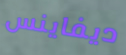
ديفاينس